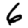
Digit: 6